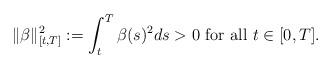
LaTeX: \begin{align*} \|\beta\|^2_{[t,T]} :=\int_t^T\beta(s)^2ds>0 \mbox{ for all } t\in[0,T].\end{align*}